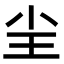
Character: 𡭤